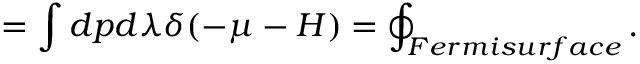
= \int d p d \lambda \delta ( - \mu - H ) = \oint _ { F e r m i s u r f a c e } .